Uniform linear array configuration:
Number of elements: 48
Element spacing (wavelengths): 0.5
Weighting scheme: hann
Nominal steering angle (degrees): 0
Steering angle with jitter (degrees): -0.9641
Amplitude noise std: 0.05
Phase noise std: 0.05

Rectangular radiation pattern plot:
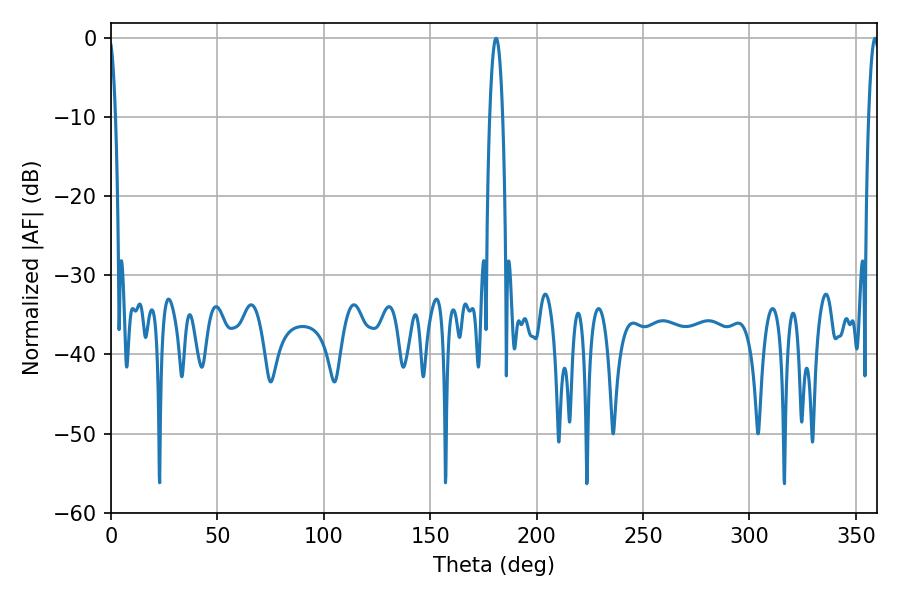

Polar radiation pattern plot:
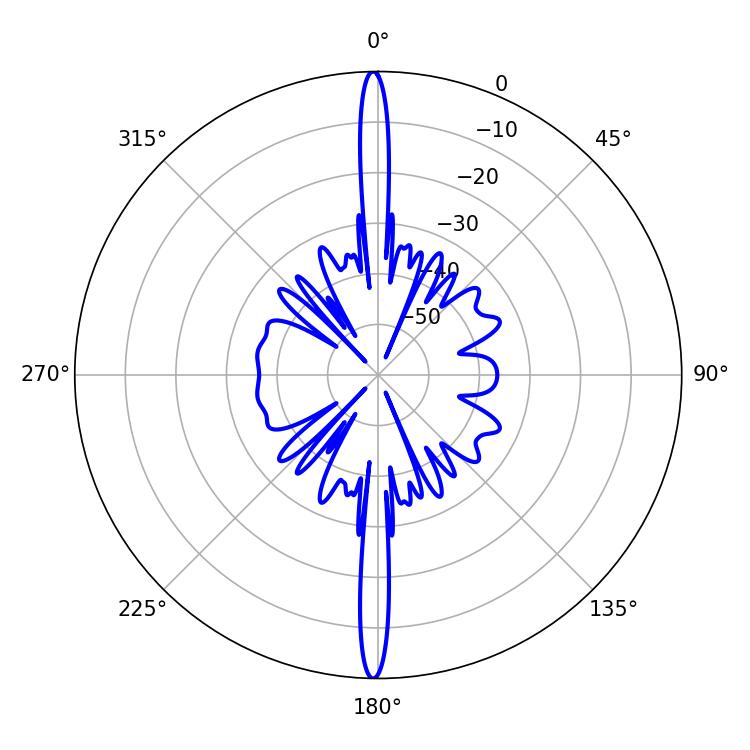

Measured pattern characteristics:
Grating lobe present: FALSE
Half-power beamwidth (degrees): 3.42
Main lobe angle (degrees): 180.9